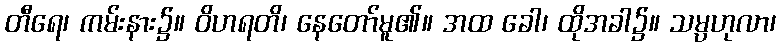
တီရေ၊ ကမ်းနား၌။ ဝိဟရတိ၊ နေတော်မူ၏။ အထ ခေါ၊ ထိုအခါ၌။ သမ္ပဟုလာ၊